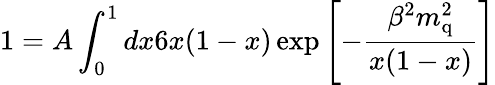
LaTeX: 1=A\int_{0}^{1}dx6x(1-x)\exp{\left[-\frac{\beta^{2}m_{\mathrm{q}}^{2}}{x(1-x)}\right]}